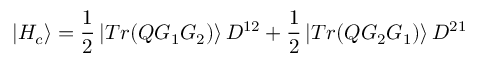
\left| H _ { c } \right\rangle = \frac 1 2 \left| T r ( Q G _ { 1 } G _ { 2 } ) \right\rangle D ^ { 1 2 } + \frac 1 2 \left| T r ( Q G _ { 2 } G _ { 1 } ) \right\rangle D ^ { 2 1 }